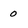
Character: 0